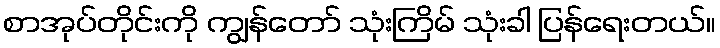
စာအုပ်တိုင်းကို ကျွန်တော် သုံးကြိမ် သုံးခါ ပြန်ရေးတယ်။